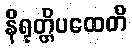
နိရုတ္တိပထေတိ